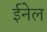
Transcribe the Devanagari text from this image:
ईनेल